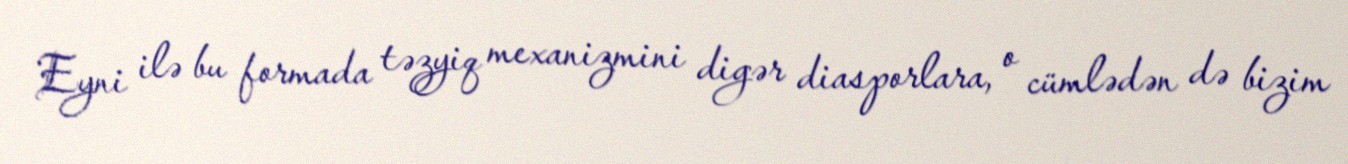
Eyni ilə bu formada təzyiq mexanizmini digər diasporlara, o cümlədən də bizim